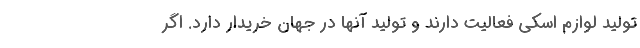
تولید لوازم اسکی فعالیت دارند و تولید آنها در جهان خریدار دارد. اگر